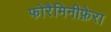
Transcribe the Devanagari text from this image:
फोरैमिनीफ़ेरा